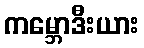
ကမ္ဘောဒီးယား